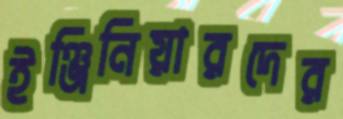
ইঞ্জিনিয়ারদের